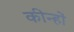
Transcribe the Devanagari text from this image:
कीन्हों